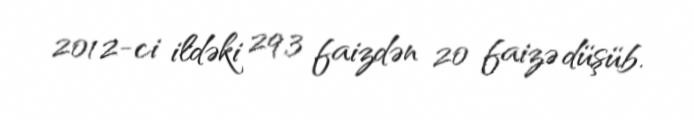
2012-ci ildəki 29,3 faizdən 20 faizə düşüb.